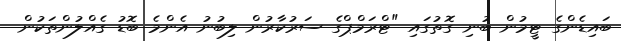
ބައިޑެންގެ ޓީމުން ބުނި ގޮތުގައި "ޓްރަމްޕްގެ ސަރުކާރުން ލިބުނު އެންމެ ބޮޑު ގެއްލުންތަކުން